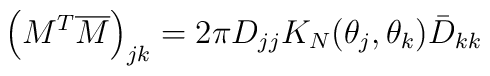
\left(M^T \overline M\right)_{jk} =2\pi D_{jj} K_N(\theta_j,\theta_k) \bar D_{kk}